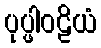
ပုပ္ဖါဝဠိယံ